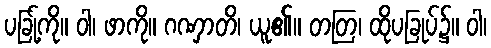
ပခြု့်ကို။ ဝါ၊ ဖာကို။ ဂဏှာတိ၊ ယူ၏။ တတြ၊ ထိုပခြုပ်၌။ ဝါ၊